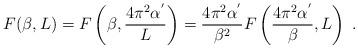
LaTeX: \begin{align*}F(\beta,L)= F\left(\beta, \frac{4\pi^{2}\alpha^{'}}{L}\right)= \frac{4\pi^{2}\alpha^{'}}{\beta^{2}} F\left(\frac{4\pi^{2}\alpha^{'}}{\beta},L\right)\;.\end{align*}